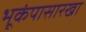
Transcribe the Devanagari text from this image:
भूकंपासारखा